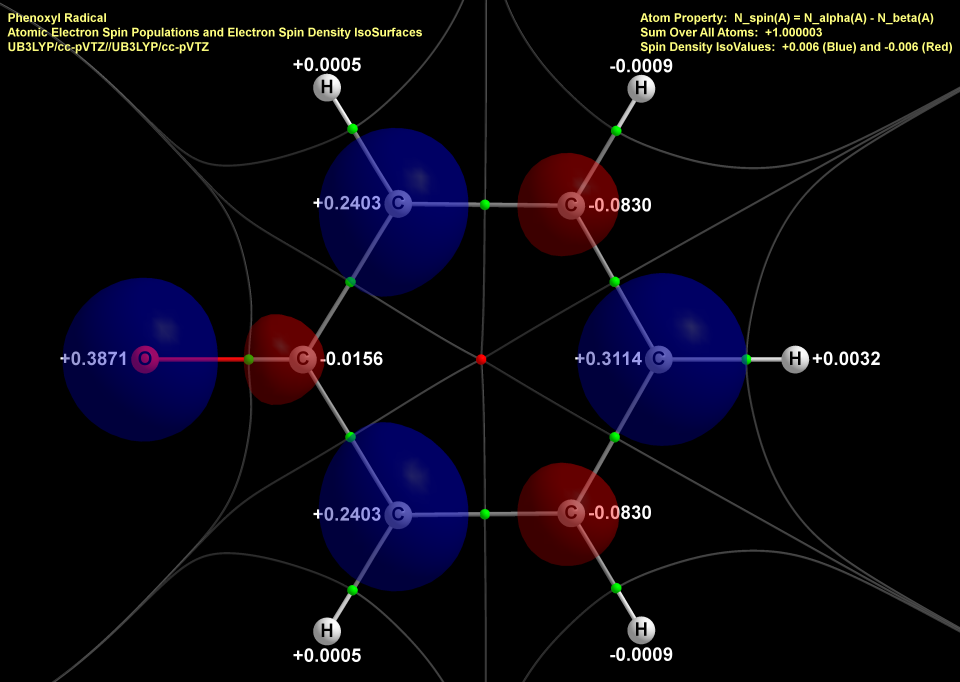
aimaii, QTAIM, iso surface